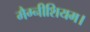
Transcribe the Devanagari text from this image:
मैग्नीशियम।